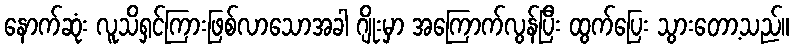
နောက်ဆုံး လူသိရှင်ကြားဖြစ်လာသောအခါ ဂျိုးမှာ အကြောက်လွန်ပြီး ထွက်ပြေး သွားတော့သည်။